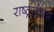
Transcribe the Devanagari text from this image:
राष्ट्रसंवाद